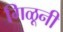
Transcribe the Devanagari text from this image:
गिळूनी